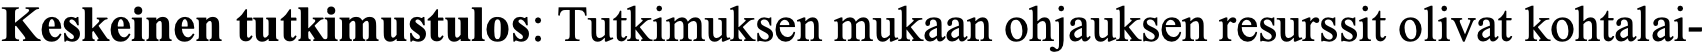
Keskeinen tutkimustulos: Tutkimuksen mukaan ohjauksen resurssit olivat kohtalai-